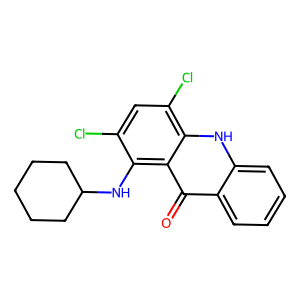
SMILES: O=c1c2ccccc2[nH]c2c(Cl)cc(Cl)c(NC3CCCCC3)c12
Inhibits HIV replication: No